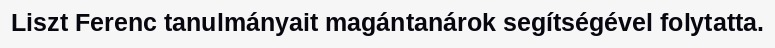
Liszt Ferenc tanulmányait magántanárok segítségével folytatta.